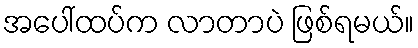
အပေါ်ထပ်က လာတာပဲ ဖြစ်ရမယ်။